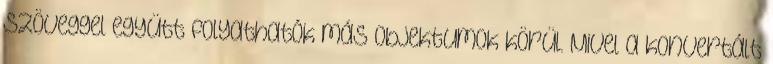
szöveggel együtt folyathatók más objektumok körül. Mivel a konvertált